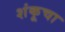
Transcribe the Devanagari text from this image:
शंकूचा